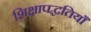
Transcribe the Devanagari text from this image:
शिक्षापद्धतियाँ